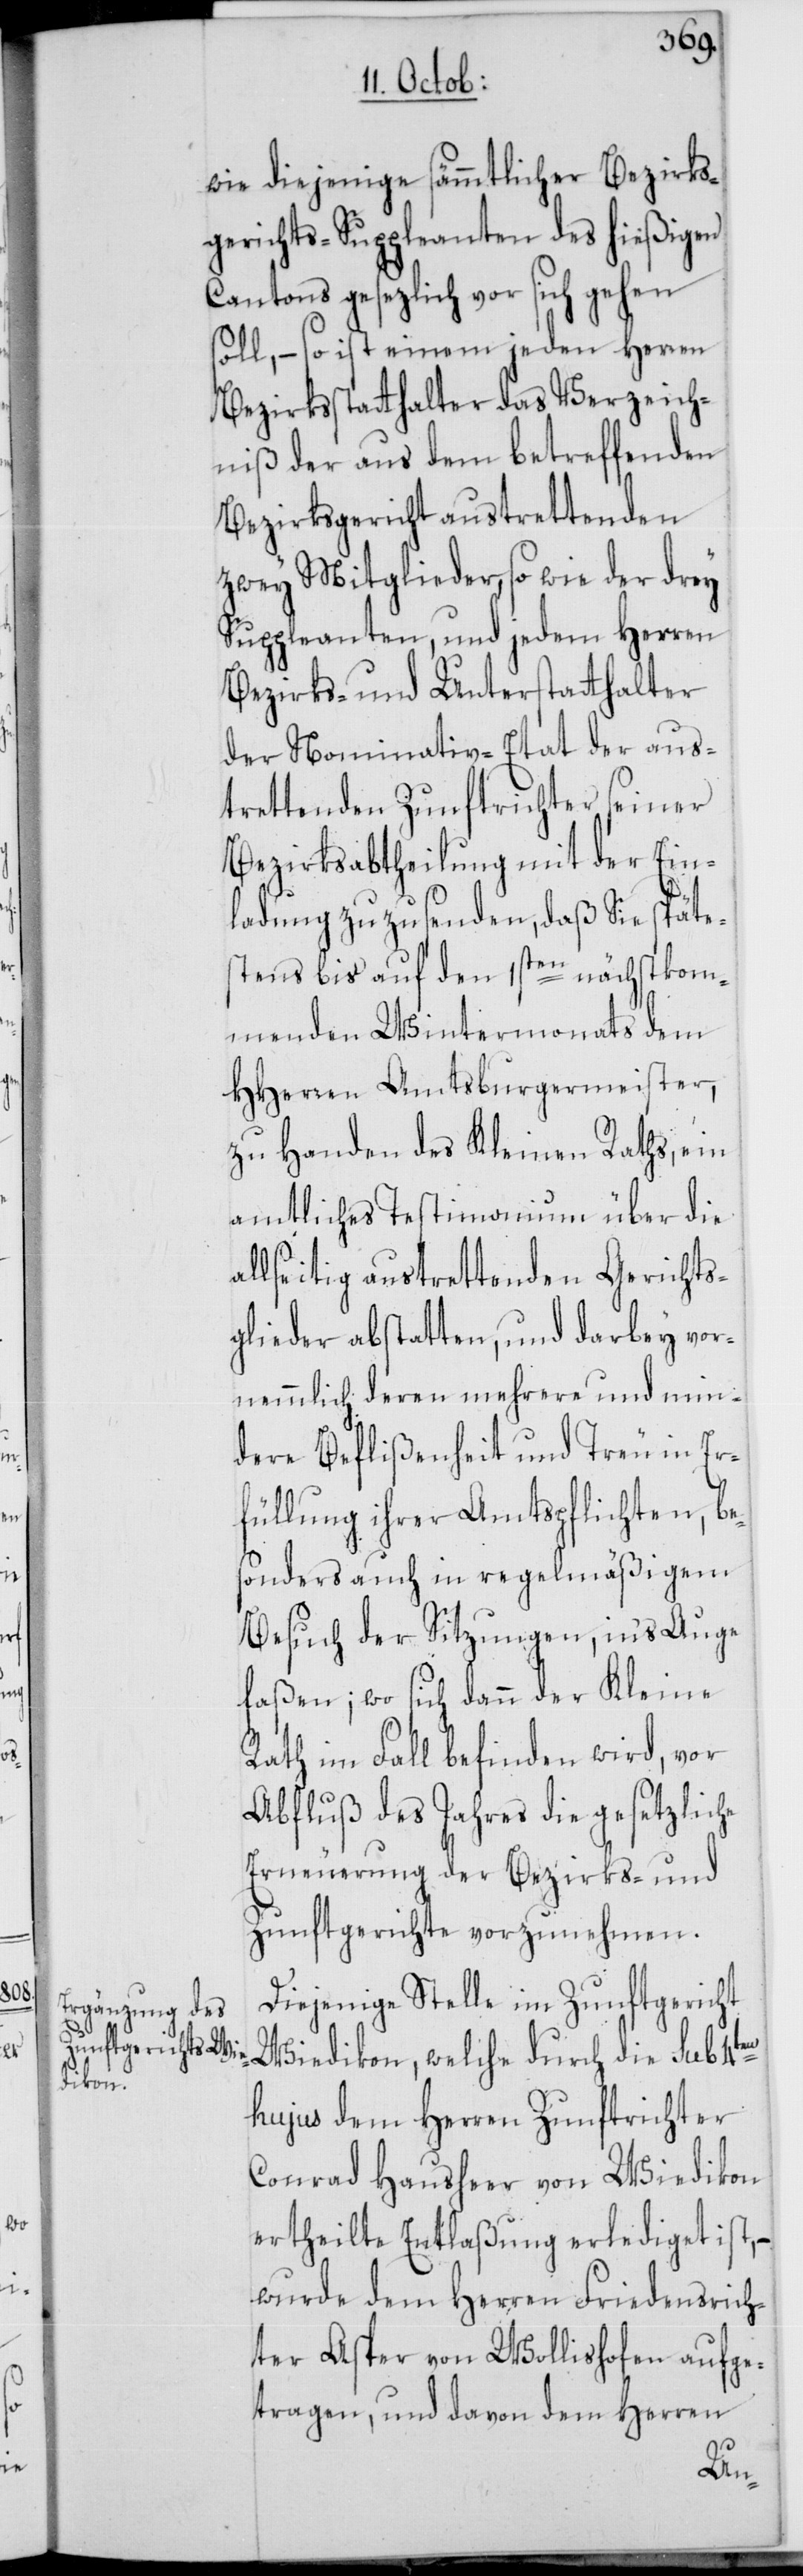
wie diejenige sämmtlicher Bezirks¬
gerichts-Suppleanten des hießigen
Cantons gesezlich vor sich gehen
soll, – so ist einem jeden Herren
Bezirksstatthalter das Verzeich¬
niß der aus dem betreffenden
Bezirksgericht austrettenden
zwey Mitglieder, so wie der drey
Suppleanten, und jedem Herren
Bezirks- und Unterstatthalter
der Nominativ-Etat der aus¬
trettenden Zunftrichter seiner
Bezirksabtheilung mit der Ein¬
ladung zuzusenden, daß sie späte¬
stens bis auf den 1sten nächstkom¬
menden Wintermonats dem
HHerren Amtsburgermeister,
zu Handen des Kleinen Raths, ein
amtliches Testimonium über die
allseitig austrettenden Gerichts¬
glieder abstatten, und darbey vor¬
nemmlich deren mehrere und min¬
dere Beflißenheit und Treu in Er¬
füllung ihrer Amtspflichten, be¬
sonders auch in regelmäßigem
Besuch der Sitzungen, ins Auge
faßen; wo sich dann der Kleine
Rath im Fall befinden wird, vor
Abfluß des Jahres die gesetzliche
Erneuerung der Bezirks- und
Zunftgerichte vorzunehmen.
Diejenige Stelle im Zunftgericht
Wiedikon, welche durch die sub 4ten
hujus dem Herren Zunftrichter
Conrad Hausheer von Wiedikon
ertheilte Entlaßung erlediget ist, –
wurde dem Herren Friedensrich¬
ter Asper von Wollishofen aufge¬
tragen, und davon dem Herren